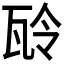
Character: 𤬻